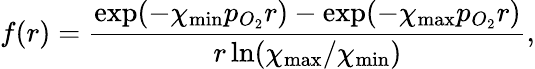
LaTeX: f(r)=\frac{\exp(-\chi_{\mathrm{min}}p_{O_{2}}r)-\exp(-\chi_{\mathrm{max}}p_{O_{2}}r)}{r\ln(\chi_{\mathrm{max}}/\chi_{\mathrm{min}})},